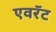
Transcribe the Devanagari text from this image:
एवरॅट